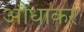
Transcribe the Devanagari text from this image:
औंधाकर